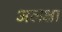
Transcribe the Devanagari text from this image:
अलक्षा